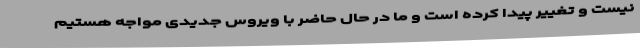
نیست و تغییر پیدا کرده است و ما در حال حاضر با ویروس جدیدی مواجه هستیم